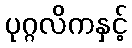
ပုဂ္ဂလိကနှင့်